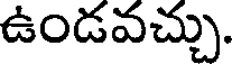
ఉండవచ్చు.